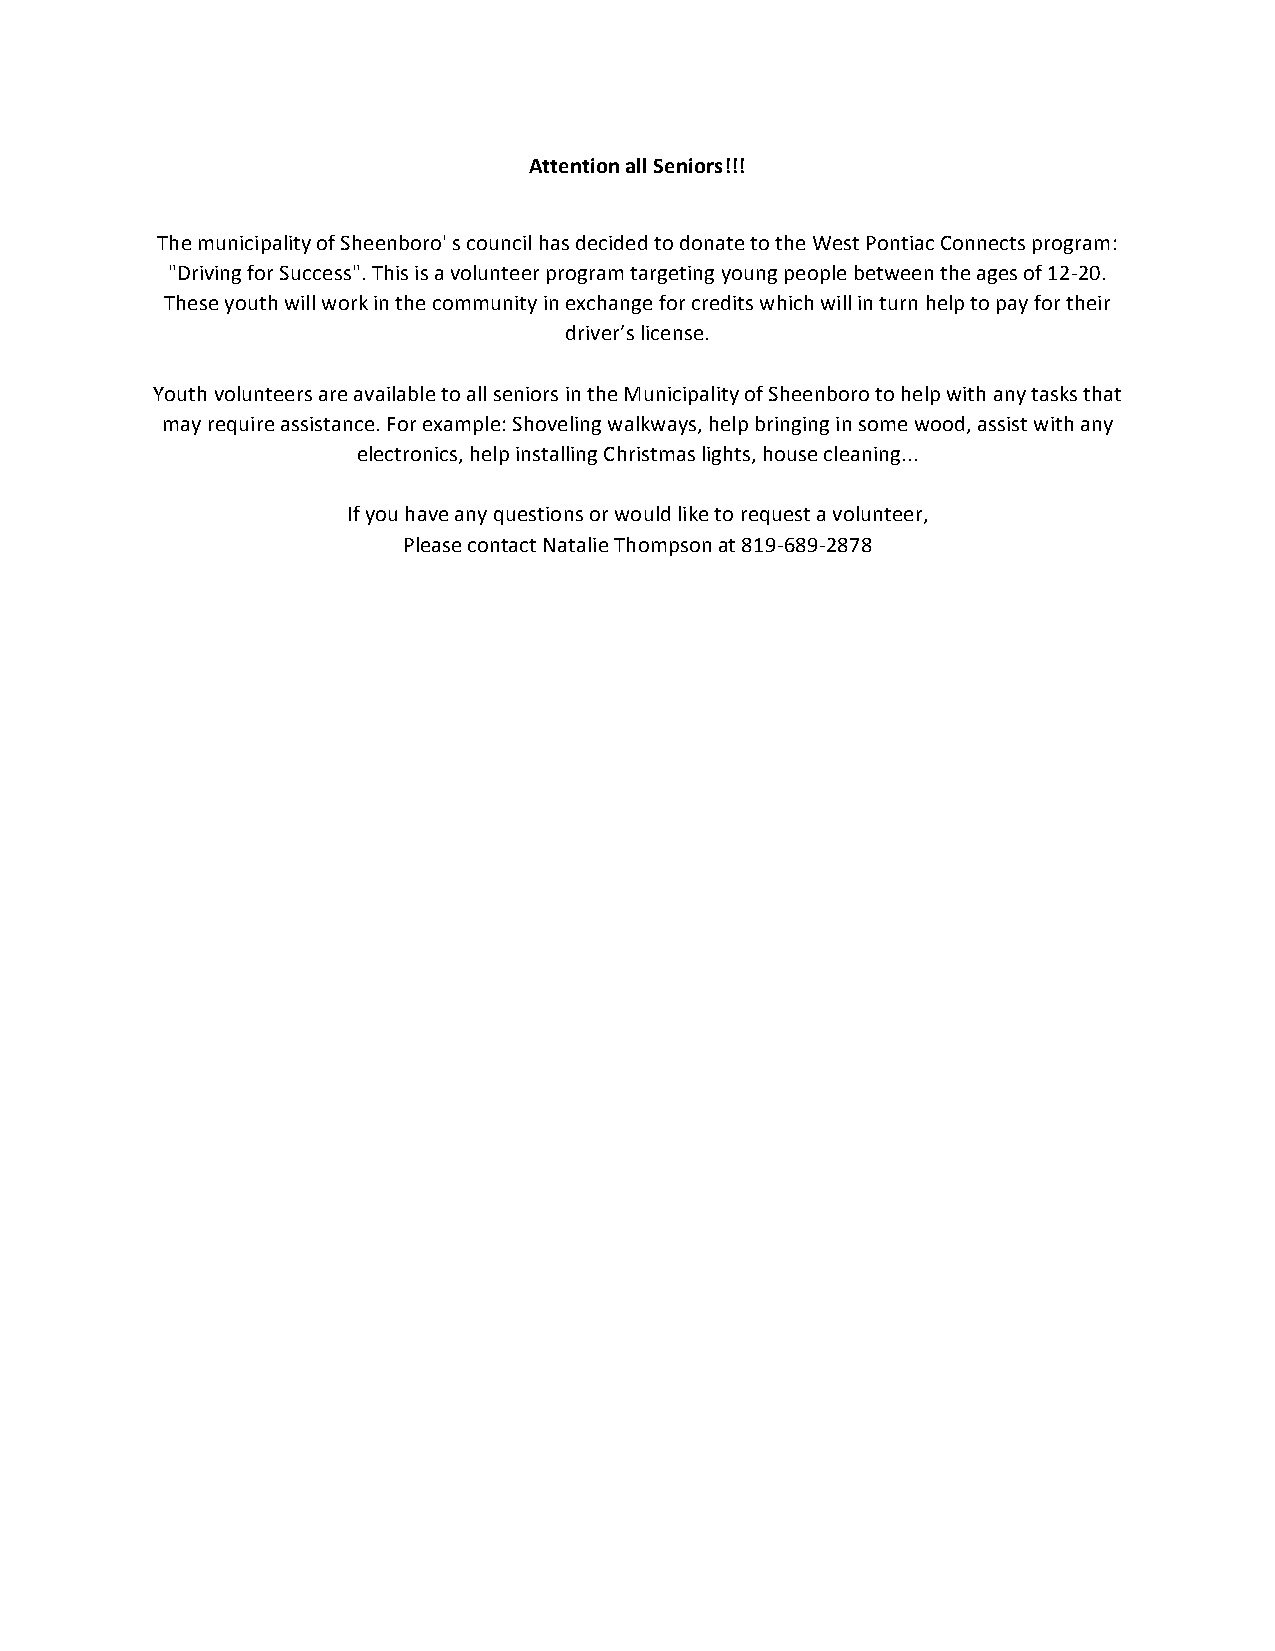
Attention all Seniors!!!
 The municipality of Sheenboro' s council has decided to donate to the West Pontiac Connects program:
 "Driving for Success". This is a volunteer program targeting young people between the ages of 12-­‐20.
 These youth will work in the community in exchange for credits which will in turn help to pay for their
 driver’s license.
 Youth volunteers are available to all seniors in the Municipality of Sheenboro to help with any tasks that
 may require assistance. For example: Shoveling walkways, help bringing in some wood, assist with any
 electronics, help installing Christmas lights, house cleaning...
 If you have any questions or would like to request a volunteer,
 Please contact Natalie Thompson at 819-­‐689-­‐2878